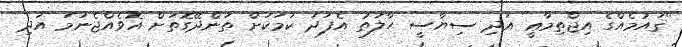
"ޤައުމެއްގެ އިޖްތިމާޢީ އަދި ސިޔާސީ ޙާލަތު އެފަދަ ކަމަކަށް ތަންދޭގޮތަށް އޮވެއްޖެނަމަ އަދި